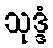
သုဒ္ဒံ